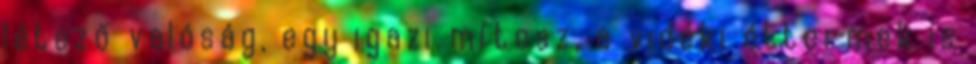
létező valóság, egy igazi mítosz, a vidéki éttermek is